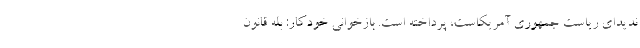
ندیدای ریاست جمهوری آمریکاست، پرداخته است. بازخوانی خودکار: بله قانون